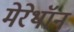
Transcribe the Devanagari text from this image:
मेरेथॉन